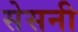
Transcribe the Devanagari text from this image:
सेसनी